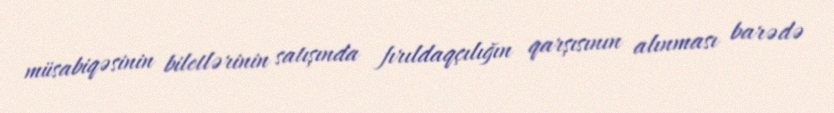
müsabiqəsinin biletlərinin satışında fırıldaqçılığın qarşısının alınması barədə